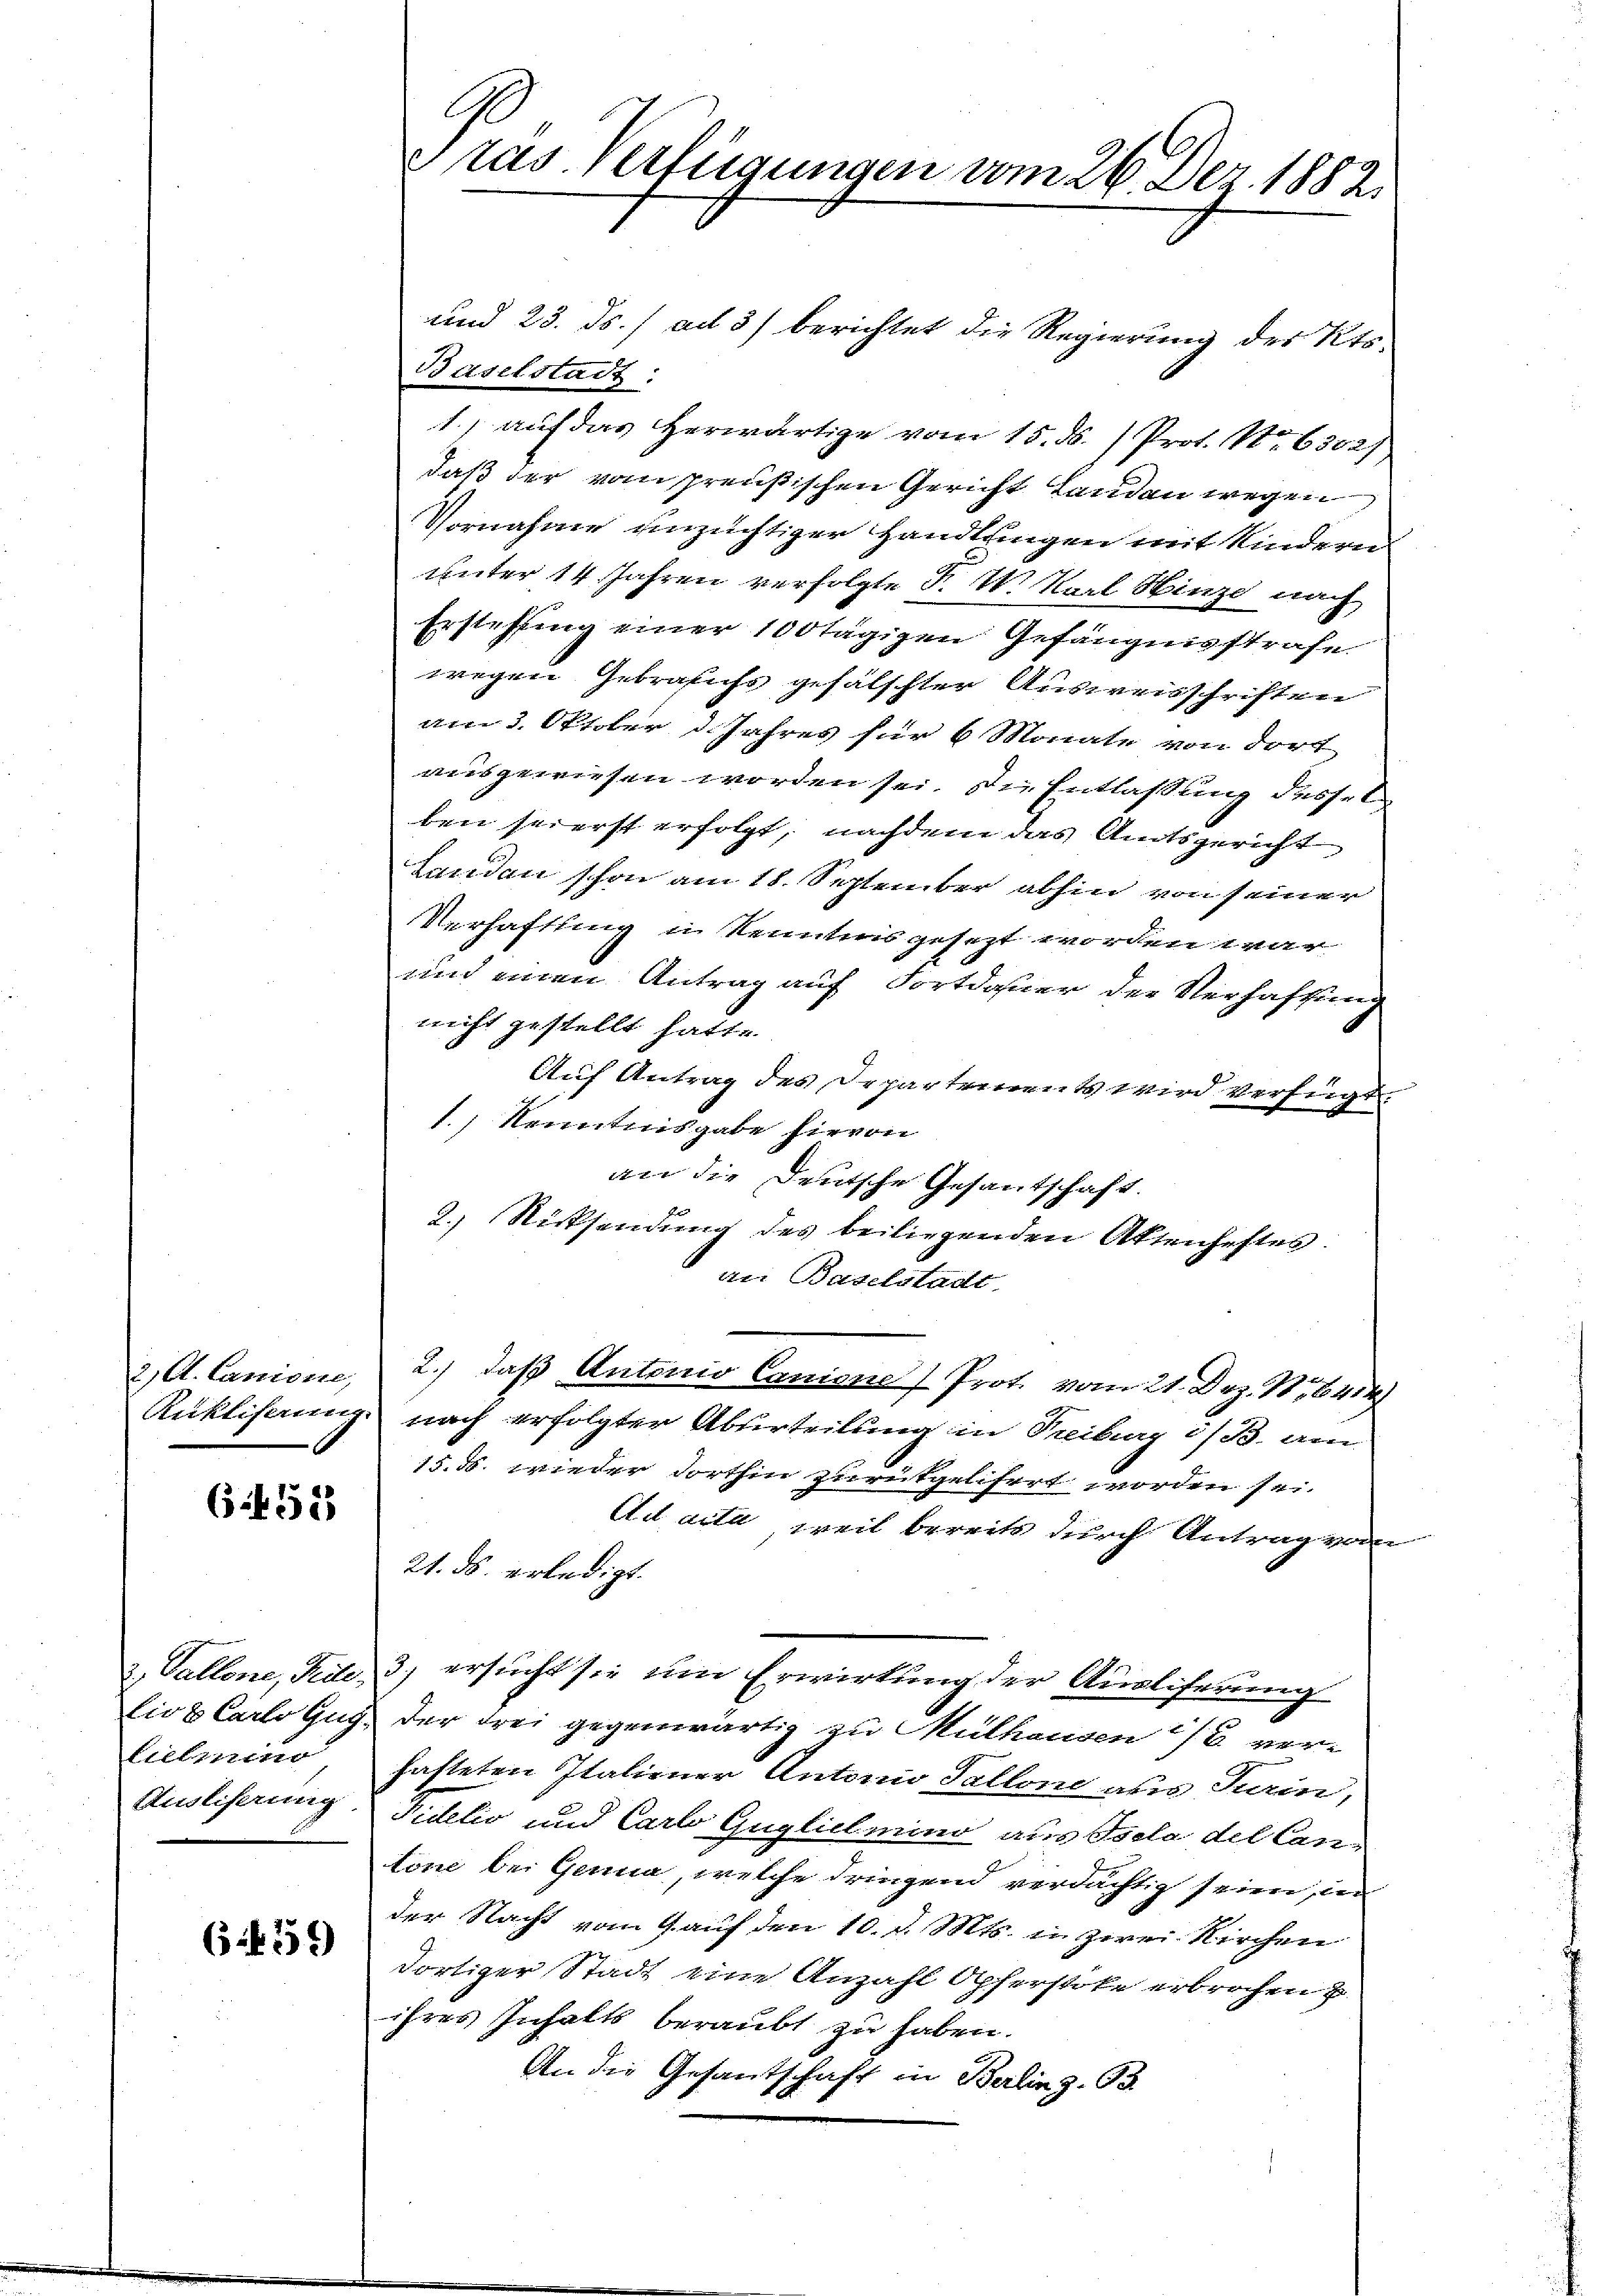
2) A. Laniorie,
Ruklisemi

6 12

1.) auf das Herwärtige vom 15. ds. Prot. Nr. 6302),
daß der vom preußischen Gericht Landen wegen
Vornahme unzüchtiger Handlungen mit Kindern
unter 14 Jahren verfolgte P. U. Karl Winze nach
Erstehung einer 100 tägigen Gefängnisstrafe.
wegen Gebrauchs gefälschter Ausweisschriften
am 3. Oktober d. Jahres für 6 Monate von dort
ausgewiesen worden sei. Die Entlassung dessel
ben seierst erfolgt, nachdem das Amtsgericht
Landen schon am 18. September abhin von seiner
Verhaftung in Kenntnis gesezt worden war
und einen Antrag auf Fortdauer der Verhaftung
nicht gestellt hatte.
Auf Antrag des Departement wird verfügt.
1.) Kenntnisgabe hievon
an die Deutsche Gesantschaft.
2.) Rücksendung des beiliegenden Aktenhaftes.
an Baselstadt
2.) daß Antonio Canone Prot. vom 21. Dez. Nr. 644
nach erfolgter Aburteilung in Freiburg i/B. am
15. 55. wieder dorthin zurükgelifert worden sei.
Ad acta, weil bereits durch Antrag vom
21. Js. erledigt.
3) ersucht sie um Erwirkung der Auslieferung
der drei gegenwärtig zu Mülhausen ver-
hafteten Italiener Anton Pallone aus Fein,
duktio und Carl Guglich mino aus Esele del Can-
ton bei Genua, welche dringend verdächtig seien, in
der Nacht vom 9. auf den 10. d. Mts. in zwei-Kirchen
dortiger Stadt eine Anzahl Opferstoke erbrochen u.
ihres Inhalts beraubt zu haben
An die Gesantschaft in Berling. B

2. Pallone, Seite.
lio 6 Carto Gug
Eutinio
Ausliferung

(556. 132)

tas erfügungen vom 26. Dez. 1882.
und 23. ds. ad 3) berichtet die Regierung des Kts.
Baselstadt: